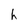
Character: h